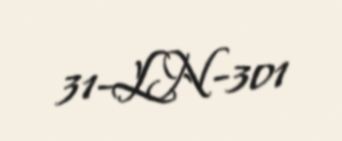
31-LN-301